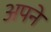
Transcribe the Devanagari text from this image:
अपने